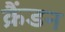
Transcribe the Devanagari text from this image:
क्रैंडन